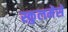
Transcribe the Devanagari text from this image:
स्कुलमेसे